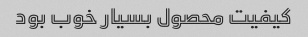
کیفیت محصول بسیار خوب بود